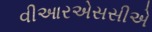
વીઆરએસસીએ